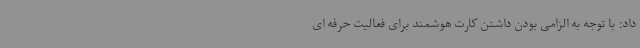
داد: با توجه به الزامی بودن داشتن کارت هوشمند برای فعالیت حرفه ای